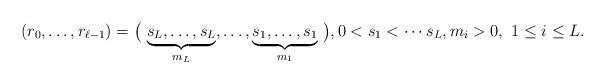
LaTeX: \begin{align*}(r_0, \ldots, r_{\ell-1}) = \big(\, \underbrace{s_L, \ldots, s_L}_{m_L}, \ldots , \underbrace{s_1, \ldots, s_1}_{m_1}\, \big), 0< s_1 < \cdots s_L, m_i >0, \ 1\leq i \leq L.\end{align*}